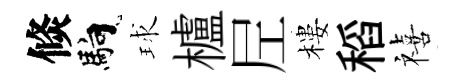
倐馿球櫨𡰱樓稻禧